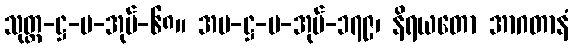
သုတ္တ-ဋ္ဌ-ပ-အုပ်-၆၈။ အပ-ဋ္ဌ-ပ-အုပ်-၁၇၉၊ နိရယတော အာဂတာနံ